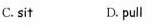
C. sit D.pull